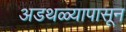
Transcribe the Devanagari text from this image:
अडथळ्यापासून